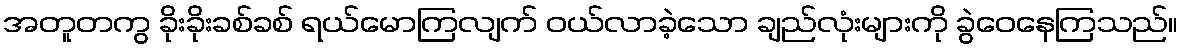
အတူတကွ ခိုးခိုးခစ်ခစ် ရယ်မောကြလျက် ဝယ်လာခဲ့သော ချည်လုံးများကို ခွဲဝေနေကြသည်။